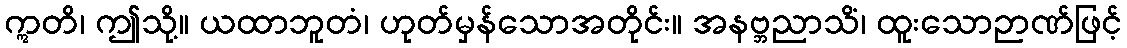
ဣတိ၊ ဤသို့။ ယထာဘူတံ၊ ဟုတ်မှန်သောအတိုင်း။ အနဗ္ဘညာသိံ၊ ထူးသောဉာဏ်ဖြင့်